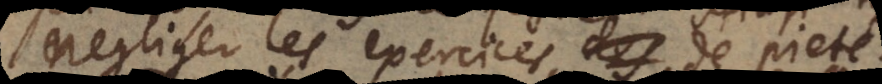
negliger les exercices de pieté.